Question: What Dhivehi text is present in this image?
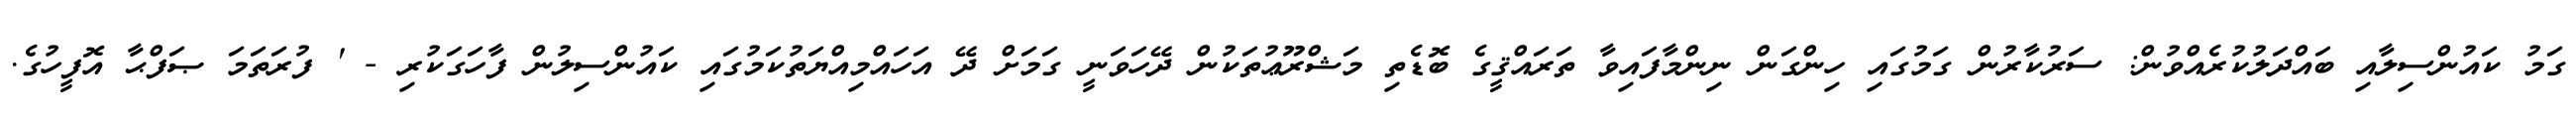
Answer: ގަމު ކައުންސިލާއި ބައްދަލުކުރެއްވުން: ސަރުކާރުން ގަމުގައި ހިންގަން ނިންމާފައިވާ ތަރައްޤީގެ ބޮޑެތި މަޝްރޫޢުތަކުން ދޭހަވަނީ ގަމަށް ދޭ އަހައްމިއްޔަތުކަމުގައި ކައުންސިލުން ފާހަގަކުރި - ' ފުރަތަމަ ޞަފްޙާ އޮފީހުގެ.